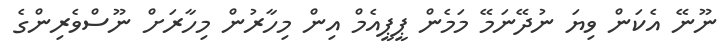
ނޫނޭ އެކަން ވިޔަ ނުދޭނަމޭ މަމެން ޕީޕީއެމް އިން މިހާރުން މިހާރަށް ނޫސްވެރިންގެ